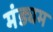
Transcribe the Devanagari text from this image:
मंड्यम